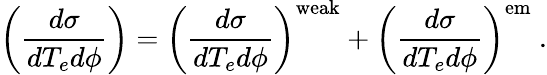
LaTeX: \left(\frac{d\sigma}{dT_{e}d\phi}\right)=\left(\frac{d\sigma}{dT_{e}d\phi}\right)^{\mathrm{weak}}+\left(\frac{d\sigma}{dT_{e}d\phi}\right)^{\mathrm{em}}~.